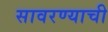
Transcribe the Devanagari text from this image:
सावरण्याची